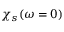
\chi _ { s } ( \omega = 0 )